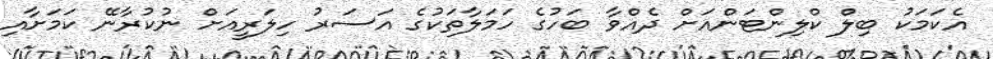
އެކަމަކު ބިލް ކްލިންޓަންއަށް ދެއްވާ ބަހުގެ ހަމަލާތަކުގެ އަސަރު ހިލަރީއަށް ނުކުރާނޭ ކަމަށާއި